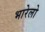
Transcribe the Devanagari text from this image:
भारेलो